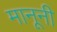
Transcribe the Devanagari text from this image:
मानूनी